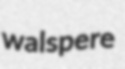
walspere